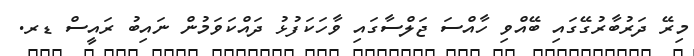
މިރޭ ދަރުބާރުގޭގައި ބޭއްވި ހާއްސަ ޖަލްސާގައި ވާހަކަފުޅު ދައްކަވަމުން ނައިބު ރައީސް ޑރ.